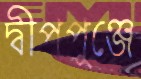
দ্বীপপুঞ্জে